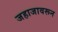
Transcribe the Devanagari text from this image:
जहाजावरून